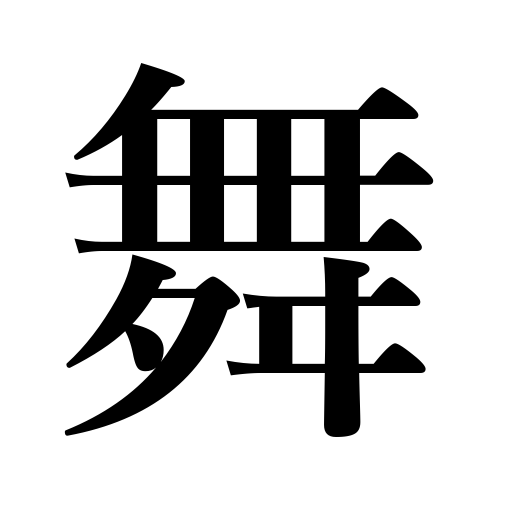
Meanings: flit,dance,wheel,flutter about,circle,dancing